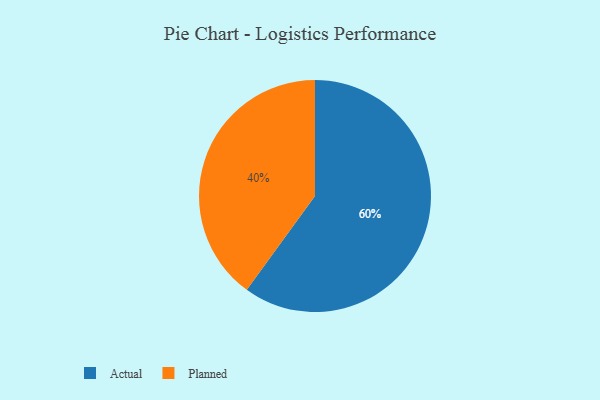
{"axis": {"x": "Category", "y": "Percentage"}, "legend": ["Actual", "Planned"], "data": [{"x": "Actual", "y": 60, "type": "Actual"}, {"x": "Planned", "y": 40, "type": "Planned"}]}